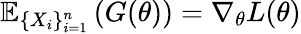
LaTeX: \mathbb{E}_{\{ X_{i}\} _{i=1}^{n}}\left(G(\theta)\right)=\nabla_{\theta}L(\theta)